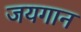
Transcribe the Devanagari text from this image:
जयगान